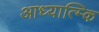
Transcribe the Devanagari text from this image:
आध्यात्म्कि